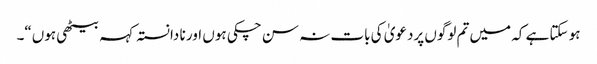
ہو سکتا ہے کہ میں تم لوگوں پردعویٰ کی بات نہ سن چکی ہوں اور نا دانستہ کہہ بیٹھی ہوں“۔